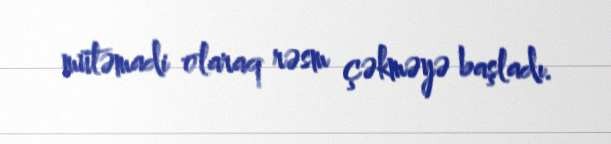
mütəmadi olaraq rəsm çəkməyə başladı.